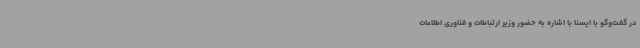
در گفت‌وگو با ایسنا با اشاره به حضور وزیر ارتباطات و فناوری اطلاعات